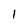
Character: l